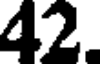
42.